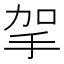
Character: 㧝